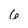
Character: 6